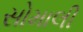
સોમાલી